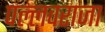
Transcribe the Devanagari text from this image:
पल्लवराजा